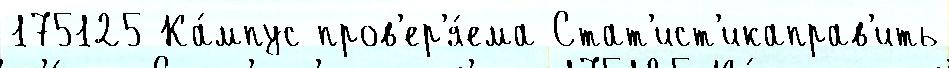
175125 Ка́мпус пров'ер'я́ема Стат'ист'икаправ'ить